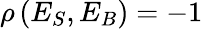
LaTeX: \rho\, (E_{S},E_{B})=-1